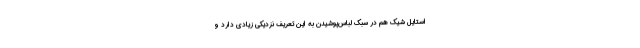
استایل شیک هم در سبک لباس‌پوشیدن به این تعریف نزدیکی زیادی دارد و